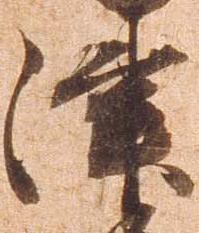
津